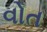
વોત